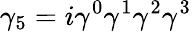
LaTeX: \gamma_{5}=i\gamma^{0}\gamma^{1}\gamma^{2}\gamma^{3}